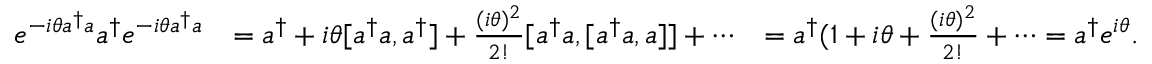
\begin{array} { r l r } { e ^ { - i \theta a ^ { \dagger } a } a ^ { \dagger } e ^ { - i \theta a ^ { \dagger } a } } & { = a ^ { \dagger } + i \theta [ a ^ { \dagger } a , a ^ { \dagger } ] + \frac { ( i \theta ) ^ { 2 } } { 2 ! } [ a ^ { \dagger } a , [ a ^ { \dagger } a , a ] ] + \cdots } & { = a ^ { \dagger } ( 1 + i \theta + \frac { ( i \theta ) ^ { 2 } } { 2 ! } + \cdots = a ^ { \dagger } e ^ { i \theta } . } \end{array}